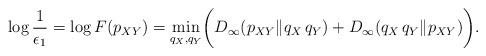
LaTeX: \begin{align*}\log\frac{1}{\epsilon_1}&=\log F(p_{XY})=\min_{q_X,q_Y}\!\bigg(D_\infty(p_{XY} \| q_X\, q_Y)+D_\infty(q_X\,q_Y \| p_{XY})\bigg).\end{align*}